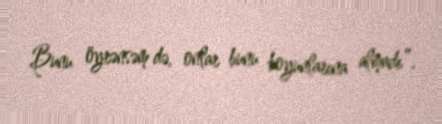
Bunu öyrənsəm də, onlar bunu boyunlarına almadı”.